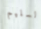
السليم